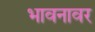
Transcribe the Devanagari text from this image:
भावनावर